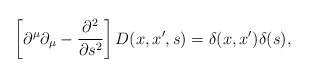
\begin{align*}\left[ \partial ^\mu \partial _\mu -\frac{\partial ^2}{\partial s^2}\right]D(x,x^{\prime },s)=\delta (x,x^{\prime })\delta (s),\end{align*}